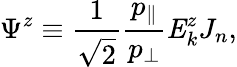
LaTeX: \Psi^{z}\equiv\frac{1}{\sqrt{2}}\frac{p_{\parallel}}{p_{\perp}}\mathit{{E}}_{k}^{z}J_{n},